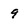
Character: 9